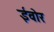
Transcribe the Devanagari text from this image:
ईवोर